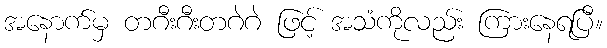
အနောက်မှ တဂီးဂီးတဂဲဂဲ ဖြင့် အသံကိုလည်း ကြားနေရပြီ။